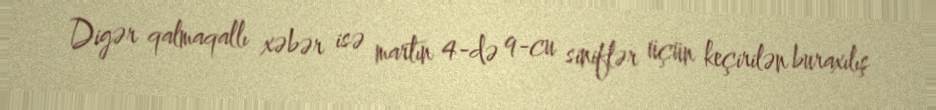
Digər qalmaqallı xəbər isə martın 4-də 9-cu siniflər üçün keçirilən buraxılış